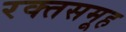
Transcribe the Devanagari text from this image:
रक्तसमूह